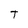
Character: T